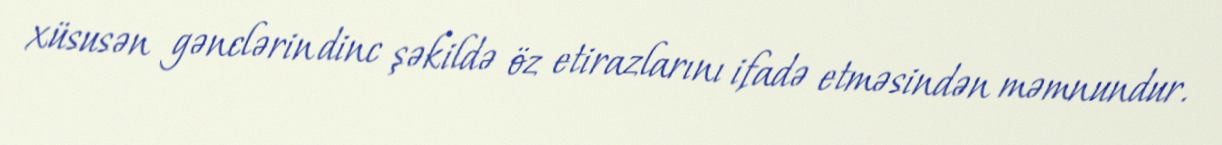
xüsusən gənclərin dinc şəkildə öz etirazlarını ifadə etməsindən məmnundur.